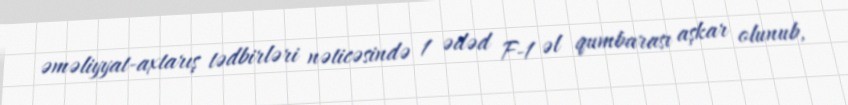
əməliyyat-axtarış tədbirləri nəticəsində 1 ədəd F-1 əl qumbarası aşkar olunub,